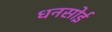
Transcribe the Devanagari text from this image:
धनसोई